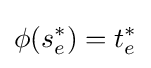
\phi (s_{e}^{*})=t_{e}^{*}